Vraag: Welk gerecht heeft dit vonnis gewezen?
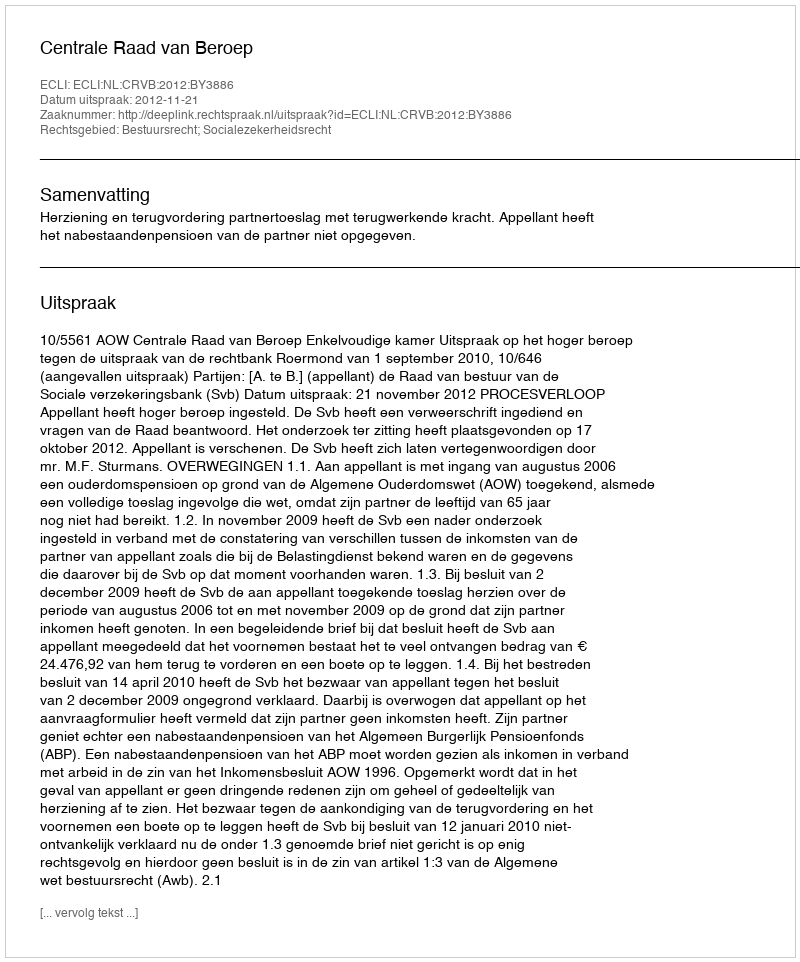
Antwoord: Centrale Raad van Beroep